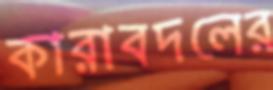
কারাবদলের